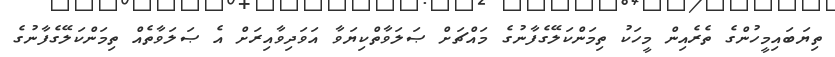
ތިޔަބައިމީހުންގެ ތެރެއިން މީހަކު ތިމަންކަލޭގެފާނުގެ މައްޗަށް ޞަލަވާތްކިޔަވާ އަވަދިވާއިރަށް އެ ޞަލަވާތެއް ތިމަންކަލޭގެފާނުގެ